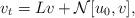
LaTeX: \begin{align*}v_t=Lv+\mathcal{N}[u_0,v],\end{align*}